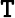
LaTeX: {\cal\mathtt{T}}